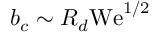
b _ { c } \sim R _ { d } \mathrm { W e } ^ { 1 / 2 }